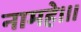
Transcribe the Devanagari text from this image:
नामहे।।।